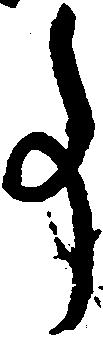
事